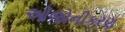
ઓજોનીકરણ